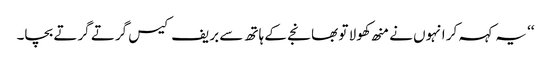
‘‘ یہ کہہ کر انہوں نے منھ کھولا تو بھانجے کے ہاتھ سے بریف کیس گرتے گرتے بچا۔